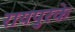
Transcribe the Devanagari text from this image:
रायपुरके